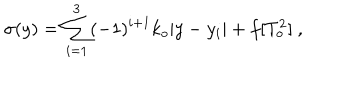
\sigma ( y ) = \sum _ { i = 1 } ^ { 3 } ( - 1 ) ^ { i + 1 } k _ { o } | y - y _ { i } | + f [ T _ { o } ^ { 2 } ] ~ , ~ \,